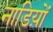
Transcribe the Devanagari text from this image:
नाडिय़ों